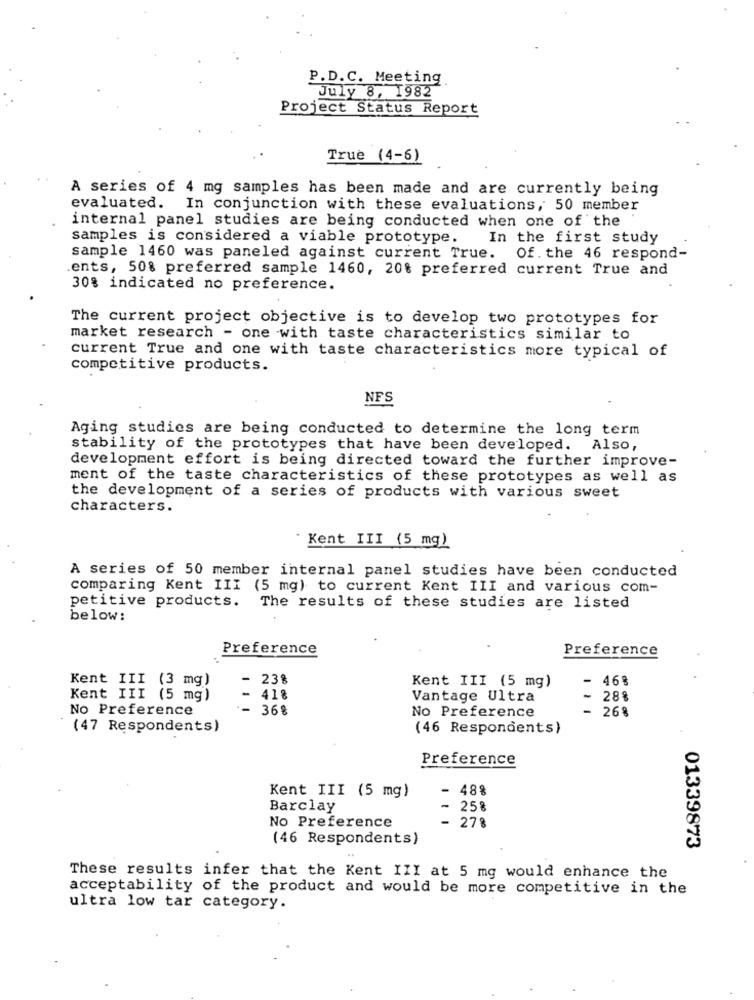
P.D.C. Meeting
July 8, 1982
Project Status Report
True (4-6)
A series of 4 mg samples has been made and are currently being
evaluated. In conjunction with these evaluations, 50 member
internal panel studies are being conducted when one of the
samples is considered a viable prototype.
In the first study
sample 1460 was paneled against current True. Of. the 46 respond-
ents, 50% preferred sample 1460, 20% preferred current True and
30% indicated no preference.
The current project objective is to develop two prototypes for
market research - one with taste characteristics similar to
current True and one with taste characteristics more typical of
competitive products.
NFS
Aging studies are being conducted to determine the long term
stability of the prototypes that have been developed. Also,
development effort is being directed toward the further improve-
ment of the taste characteristics of these prototypes as well as
the development of a series of products with various sweet
characters.
Kent III (5 mg)
A series of 50 member internal panel studies have been conducted
comparing Kent III (5 mg) to current Kent III and various com-
petitive products.
The results of these studies are listed
below:
Preference
Preference
- 23%
Kent III (5 mg)
-
46%
Kent III (3 mg)
Kent III (5 mg)
418
Vantage Ultra
-
288
No Preference
--
36%
No Preference
- 26%
(47 Respondents)
(46 Respondents)
Preference
Kent III (5 mg)
- 48%
Barclay
258
278
No Preference
(46 Respondents)
01339873
These results infer that the Kent III at 5 mg would enhance the
acceptability of the product and would be more competitive in the
ultra low tar category.